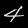
Label: 4